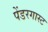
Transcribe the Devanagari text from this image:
पेंडरगास्ट